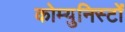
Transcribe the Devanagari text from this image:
कोम्युनिस्टों